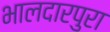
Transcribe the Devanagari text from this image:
भालदारपुरा